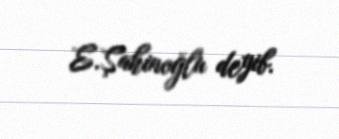
E.Şahinoğlu deyib.